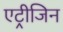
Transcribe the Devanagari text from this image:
एट्रीजिन